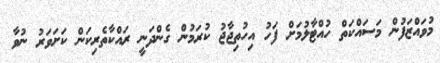
މުވައްޒަފުން މަސައްކަތް ހުއްޓާލުމަށް ފަހު އިހުތިޖާޖު ކުރަމުން ގެންދަނީ ރައްކާތެރިކަން ކަށަވަރު ނުވާ